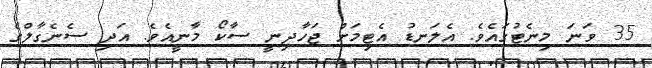
35 ވަނަ މިނެޓުގައެވެ. އެލަނޑު އެޓިމަށް ޖަހާދިނީ ސާކޯ މާނީއެވެ. އަދި ސެނެގާލްގެ